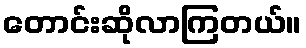
တောင်းဆိုလာကြတယ်။